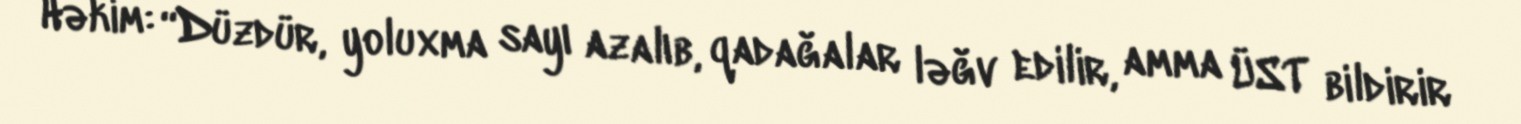
Həkim: “Düzdür, yoluxma sayı azalıb, qadağalar ləğv edilir, amma ÜST bildirir